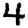
Digit: 4